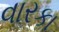
વારકા